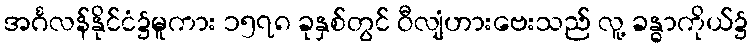
အင်္ဂလန်နိုင်ငံ၌မူကား ၁၅၇၈ ခုနှစ်တွင် ဝီလျံဟားဗေးသည် လူ့ ခန္ဓာကိုယ်၌